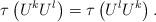
LaTeX: \begin{align*} \tau\left( U^k U^l\right) = \tau\left( U^l U^k\right) .\end{align*}